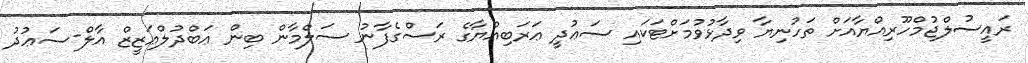
ރައީސުލްޖުމްހޫރިއްޔާއަށް ތަހުނިޔާ ވިދާޅުވުމަށްޓަކައި ސަޢުދީ ޢަރަބިއްޔާގެ ރަސްގެފާނު ސަލްމާން ބިން ޢަބްދުލްޢަޒީޒް އާލް-ސަޢުދު